Civil Veterinary Dept. Bombay admin report 1914-1922 - 1914-1922
Year: 1914
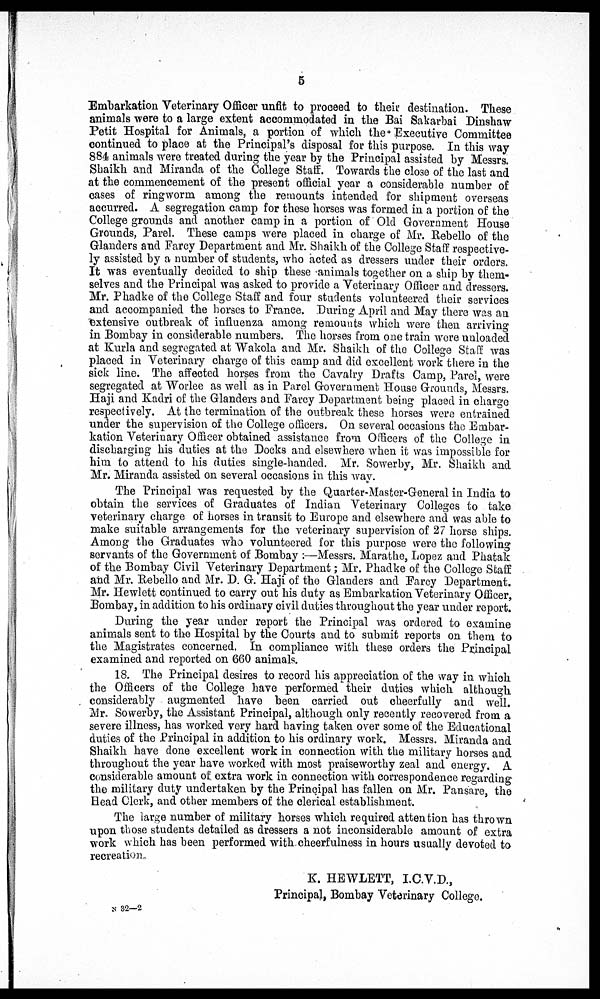
5
Embarkation Veterinary Officer unfit to proceed to their destination. These
animals were to a large extent accommodated in the Bai Sakarbai Dinshaw
Petit Hospital for Animals, a portion of which the Executive Committee
continued to place at the Principal's disposal for this purpose. In this way
884 animals were treated during the year by the Principal assisted by Messrs.
Shaikh and Miranda of the College Staff. Towards the close of the last and
at the commencement of the present official year a considerable number of
cases of ringworm among the remounts intended for shipment overseas
accurred. A segregation camp for these horses was formed in a portion of the
College grounds and another camp in a portion of Old Government House
Grounds, Parel. These camps were placed in charge of Mr. Rebello of the
Glanders and Farcy Department and Mr. Shaikh of the College Staff respective-
ly assisted by a number of students, who acted as dressers under their orders.
It was eventually decided to ship these animals together on a ship by them-
selves and the Principal was asked to provide a Veterinary Officer and dressers.
Mr. Phadke of the College Staff and four studeuts volunteered their services
and accompanied the horses to France. During April and May there was an
extensive outbreak of influenza among remounts which were then arriving
in Bombay in considerable numbers. The horses from one train were unloaded
at Kurla and segregated at Wakola and Mr. Shaikh of the College Staff was
placed in Veterinary charge of this camp and did excellent work there in the
sick line. The affected horses from the Cavalry Drafts Camp, Parel, were
segregated at Worlee as well as in Parel Government. House Grounds, Messrs.
Haji and Kadri of the Glanders and Farcy Department being placed in charge
respectively. At the termination of the outbreak these horses were entrained
under the supervision of the College officers. On several occasions the Embar-
kation Veterinary Officer obtained assistance from Officers of the College in
discharging his duties at the Docks and elsewhere when it was impossible for
him to attend to his duties single-handed. Mr. Sowerby, Mr, Shaikh and
Mr. Miranda assisted on several occasions in this way.
The Principal was requested by the Quarter-Master-General in India to
obtain the services of Graduates of Indian Veterinary Colleges to take
veterinary charge of horses in transit to Europe and elsewhere and was able to
make suitable arrangements for the veterinary supervision of 27 horse ships.
Among the Graduates who volunteered for this purpose were the following
servants of the Government of Bombay :—Messrs. Marathe, Lopez and Phatak
of the Bombay Civil Veterinary Department; Mr. Phadke of the College Staff
and Mr. Rebello and Mr. D. G. Haji of the Glanders and Farcy Department.
Mr. Hewlett continued to carry out his duty as Embarkation Veterinary Officer,
Bombay, in addition to his ordinary civil duties throughout the year under report.
During the year under report the Principal was ordered to examine
animals sent to the Hospital by the Courts and to submit reports on them to
the Magistrates concerned. In compliance with these orders the Principal
examined and reported on 660 animals.
18. The Principal desires to record his appreciation of the way in which
the Officers of the College have performed their duties which although
considerably augmented have been carried out cheerfully and well.
Mr. Sowerby, the Assistant Principal, although only recently recovered from a
severe illness, has worked very hard having taken over some of the Educational
duties of the Principal in addition to his ordinary work. Messrs. Miranda and
Shaikh have done excellent work in connection with the military horses and
throughout the year have worked with most praiseworthy zeal and energy. A
considerable amount of extra work in connection with correspondence regarding
the military duty undertaken by the Principal has fallen on Mr. Pansare, the
Head Clerk, and other members of the clerical establishment.
The large number of military horses which required attention has thrown
upon those students detailed as dressers a not inconsiderable amount of extra
work which has been performed with cheerfulness in hours usually devoted to
recreation.
K. HEWLETT, I.C.V.D.,
Principal, Bombay Veterinary College.
N 32—2